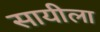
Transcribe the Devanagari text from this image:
सायीला